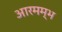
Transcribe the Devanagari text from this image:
आरमम्भ